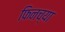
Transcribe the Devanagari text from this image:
फिनच्या